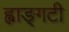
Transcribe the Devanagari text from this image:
ह्वाङ्‌गटी